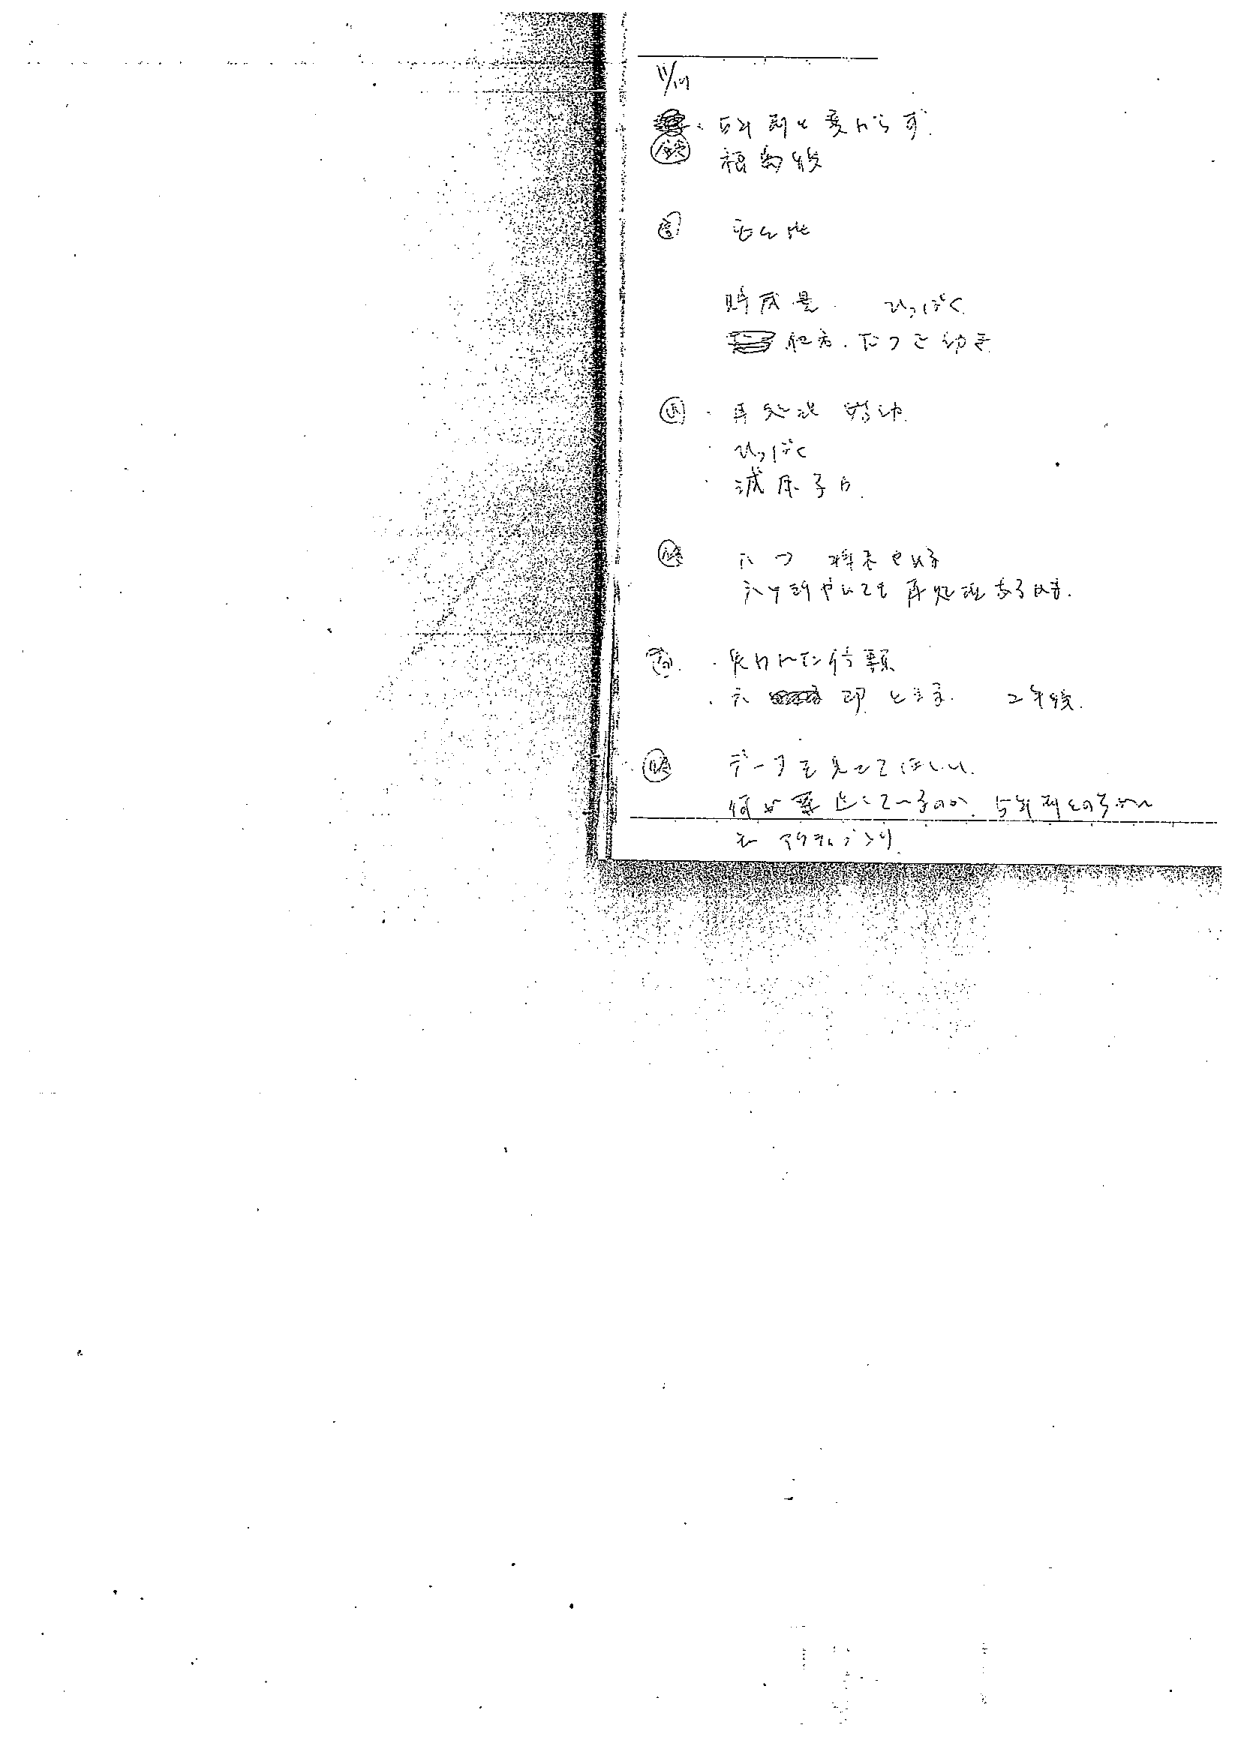
Ym

① 、石けんを変える寸。
　　福島牧

② 　石鹸化
　　時瓜量　　u,15c
　　和光、下りこ幼子

③ 　再処理対応
　　u,15c
　　減圧30

④ 　いつ　料をやめ
　　ドヤ胡やんてを再処理する時。

⑤ 　反りに伝達
　　六　印　と注釈　　2年後。

⑥ 　デーグを先に2回にし。
　　何回要る：2～3回。5年間の3回
　　と　何れか？